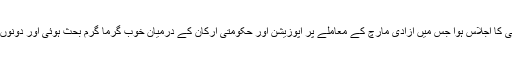
اسپیکر اسد قیصر کی زیر صدارت قومی اسمبلی کا اجلاس ہوا جس میں آزادی مارچ کے معاملے پر اپوزیشن اور حکومتی ارکان کے درمیان خوب گرما گرم بحث ہوئی اور دونوں نے ایک دوسرے کو کڑی تنقید کا نشانہ بنایا۔